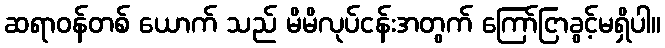
ဆရာဝန်တစ် ယောက် သည် မိမိလုပ်ငန်းအတွက် ကြော်ငြာခွင့်မရှိပါ။